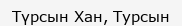
Түрсын Хан, Турсын